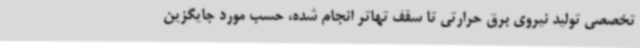
تخصصی تولید نیروی برق حرارتی تا سقف تهاتر انجام شده، حسب مورد جایگزین